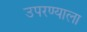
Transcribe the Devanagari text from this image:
उपरण्याला